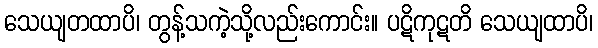
သေယျတထာပိ၊ တွန့်သကဲ့သို့လည်းကောင်း။ ပဋိကုဋတိ သေယျထာပိ၊